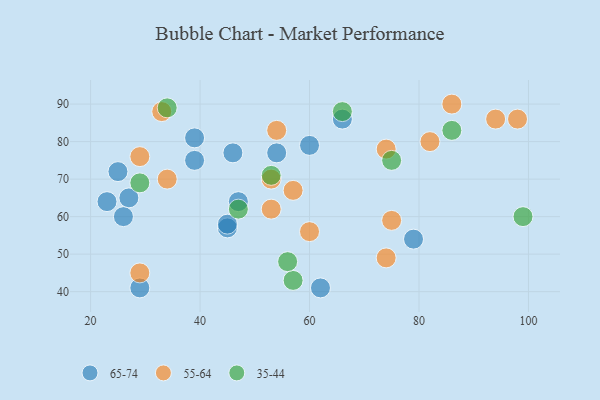
{"axis": {"x": "GDP", "y": "Life Expectancy"}, "legend": ["35-44", "55-64", "65-74"], "data": [{"x": "39", "y": 75, "type": "65-74"}, {"x": "46", "y": 77, "type": "65-74"}, {"x": "54", "y": 77, "type": "65-74"}, {"x": "25", "y": 72, "type": "65-74"}, {"x": "23", "y": 64, "type": "65-74"}, {"x": "66", "y": 86, "type": "65-74"}, {"x": "60", "y": 79, "type": "65-74"}, {"x": "45", "y": 57, "type": "65-74"}, {"x": "62", "y": 41, "type": "65-74"}, {"x": "47", "y": 64, "type": "65-74"}, {"x": "39", "y": 81, "type": "65-74"}, {"x": "79", "y": 54, "type": "65-74"}, {"x": "45", "y": 58, "type": "65-74"}, {"x": "27", "y": 65, "type": "65-74"}, {"x": "29", "y": 41, "type": "65-74"}, {"x": "26", "y": 60, "type": "65-74"}, {"x": "33", "y": 88, "type": "55-64"}, {"x": "54", "y": 83, "type": "55-64"}, {"x": "86", "y": 90, "type": "55-64"}, {"x": "34", "y": 70, "type": "55-64"}, {"x": "74", "y": 49, "type": "55-64"}, {"x": "98", "y": 86, "type": "55-64"}, {"x": "53", "y": 70, "type": "55-64"}, {"x": "74", "y": 78, "type": "55-64"}, {"x": "82", "y": 80, "type": "55-64"}, {"x": "60", "y": 56, "type": "55-64"}, {"x": "29", "y": 45, "type": "55-64"}, {"x": "57", "y": 67, "type": "55-64"}, {"x": "53", "y": 62, "type": "55-64"}, {"x": "29", "y": 76, "type": "55-64"}, {"x": "75", "y": 59, "type": "55-64"}, {"x": "94", "y": 86, "type": "55-64"}, {"x": "86", "y": 83, "type": "35-44"}, {"x": "34", "y": 89, "type": "35-44"}, {"x": "75", "y": 75, "type": "35-44"}, {"x": "47", "y": 62, "type": "35-44"}, {"x": "53", "y": 71, "type": "35-44"}, {"x": "29", "y": 69, "type": "35-44"}, {"x": "99", "y": 60, "type": "35-44"}, {"x": "57", "y": 43, "type": "35-44"}, {"x": "56", "y": 48, "type": "35-44"}, {"x": "66", "y": 88, "type": "35-44"}]}